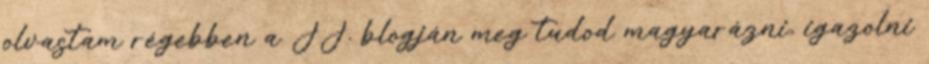
olvastam régebben a JJ. blogján meg tudod magyarázni, igazolni